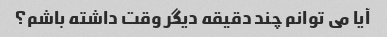
آیا می توانم چند دقیقه دیگر وقت داشته باشم؟